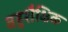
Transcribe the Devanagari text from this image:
बहुशैक्षिक